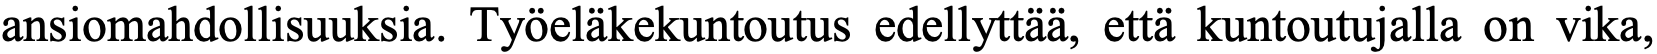
ansiomahdollisuuksia. Työeläkekuntoutus edellyttää, että kuntoutujalla on vika,